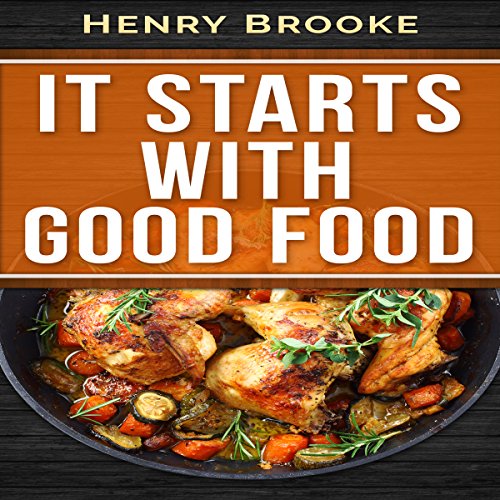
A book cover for It Starts with Good Food Cookbook: Whole 30 Inspired Plan: Amazing Recipes for Food Lovers to Lose Weight and Reset Your Metabolism: Whole 30 Cookbook; Henry Brooke; Cookbooks, Food & Wine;